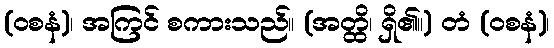
(ဝစနံ)၊ အကြင် စကားသည်။ (အတ္ထိ၊ ရှိ၏။) တံ (ဝစနံ)၊